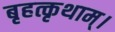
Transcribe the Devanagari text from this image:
बृहत्कृथाम्।